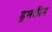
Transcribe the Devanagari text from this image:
ड्रमलीन